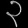
Digit: ၃